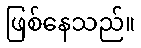
ဖြစ်နေသည်။